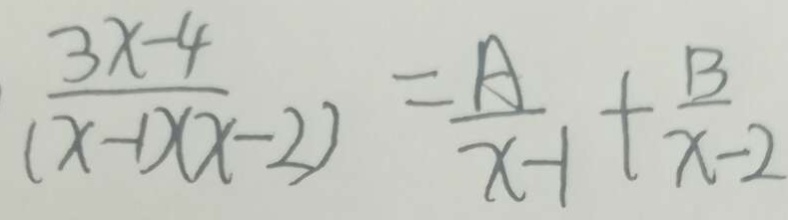
\frac { 3 x - 4 } { ( x - 1 ) ( x - 2 ) } = \frac { A } { x - 1 } + \frac { B } { x - 2 }